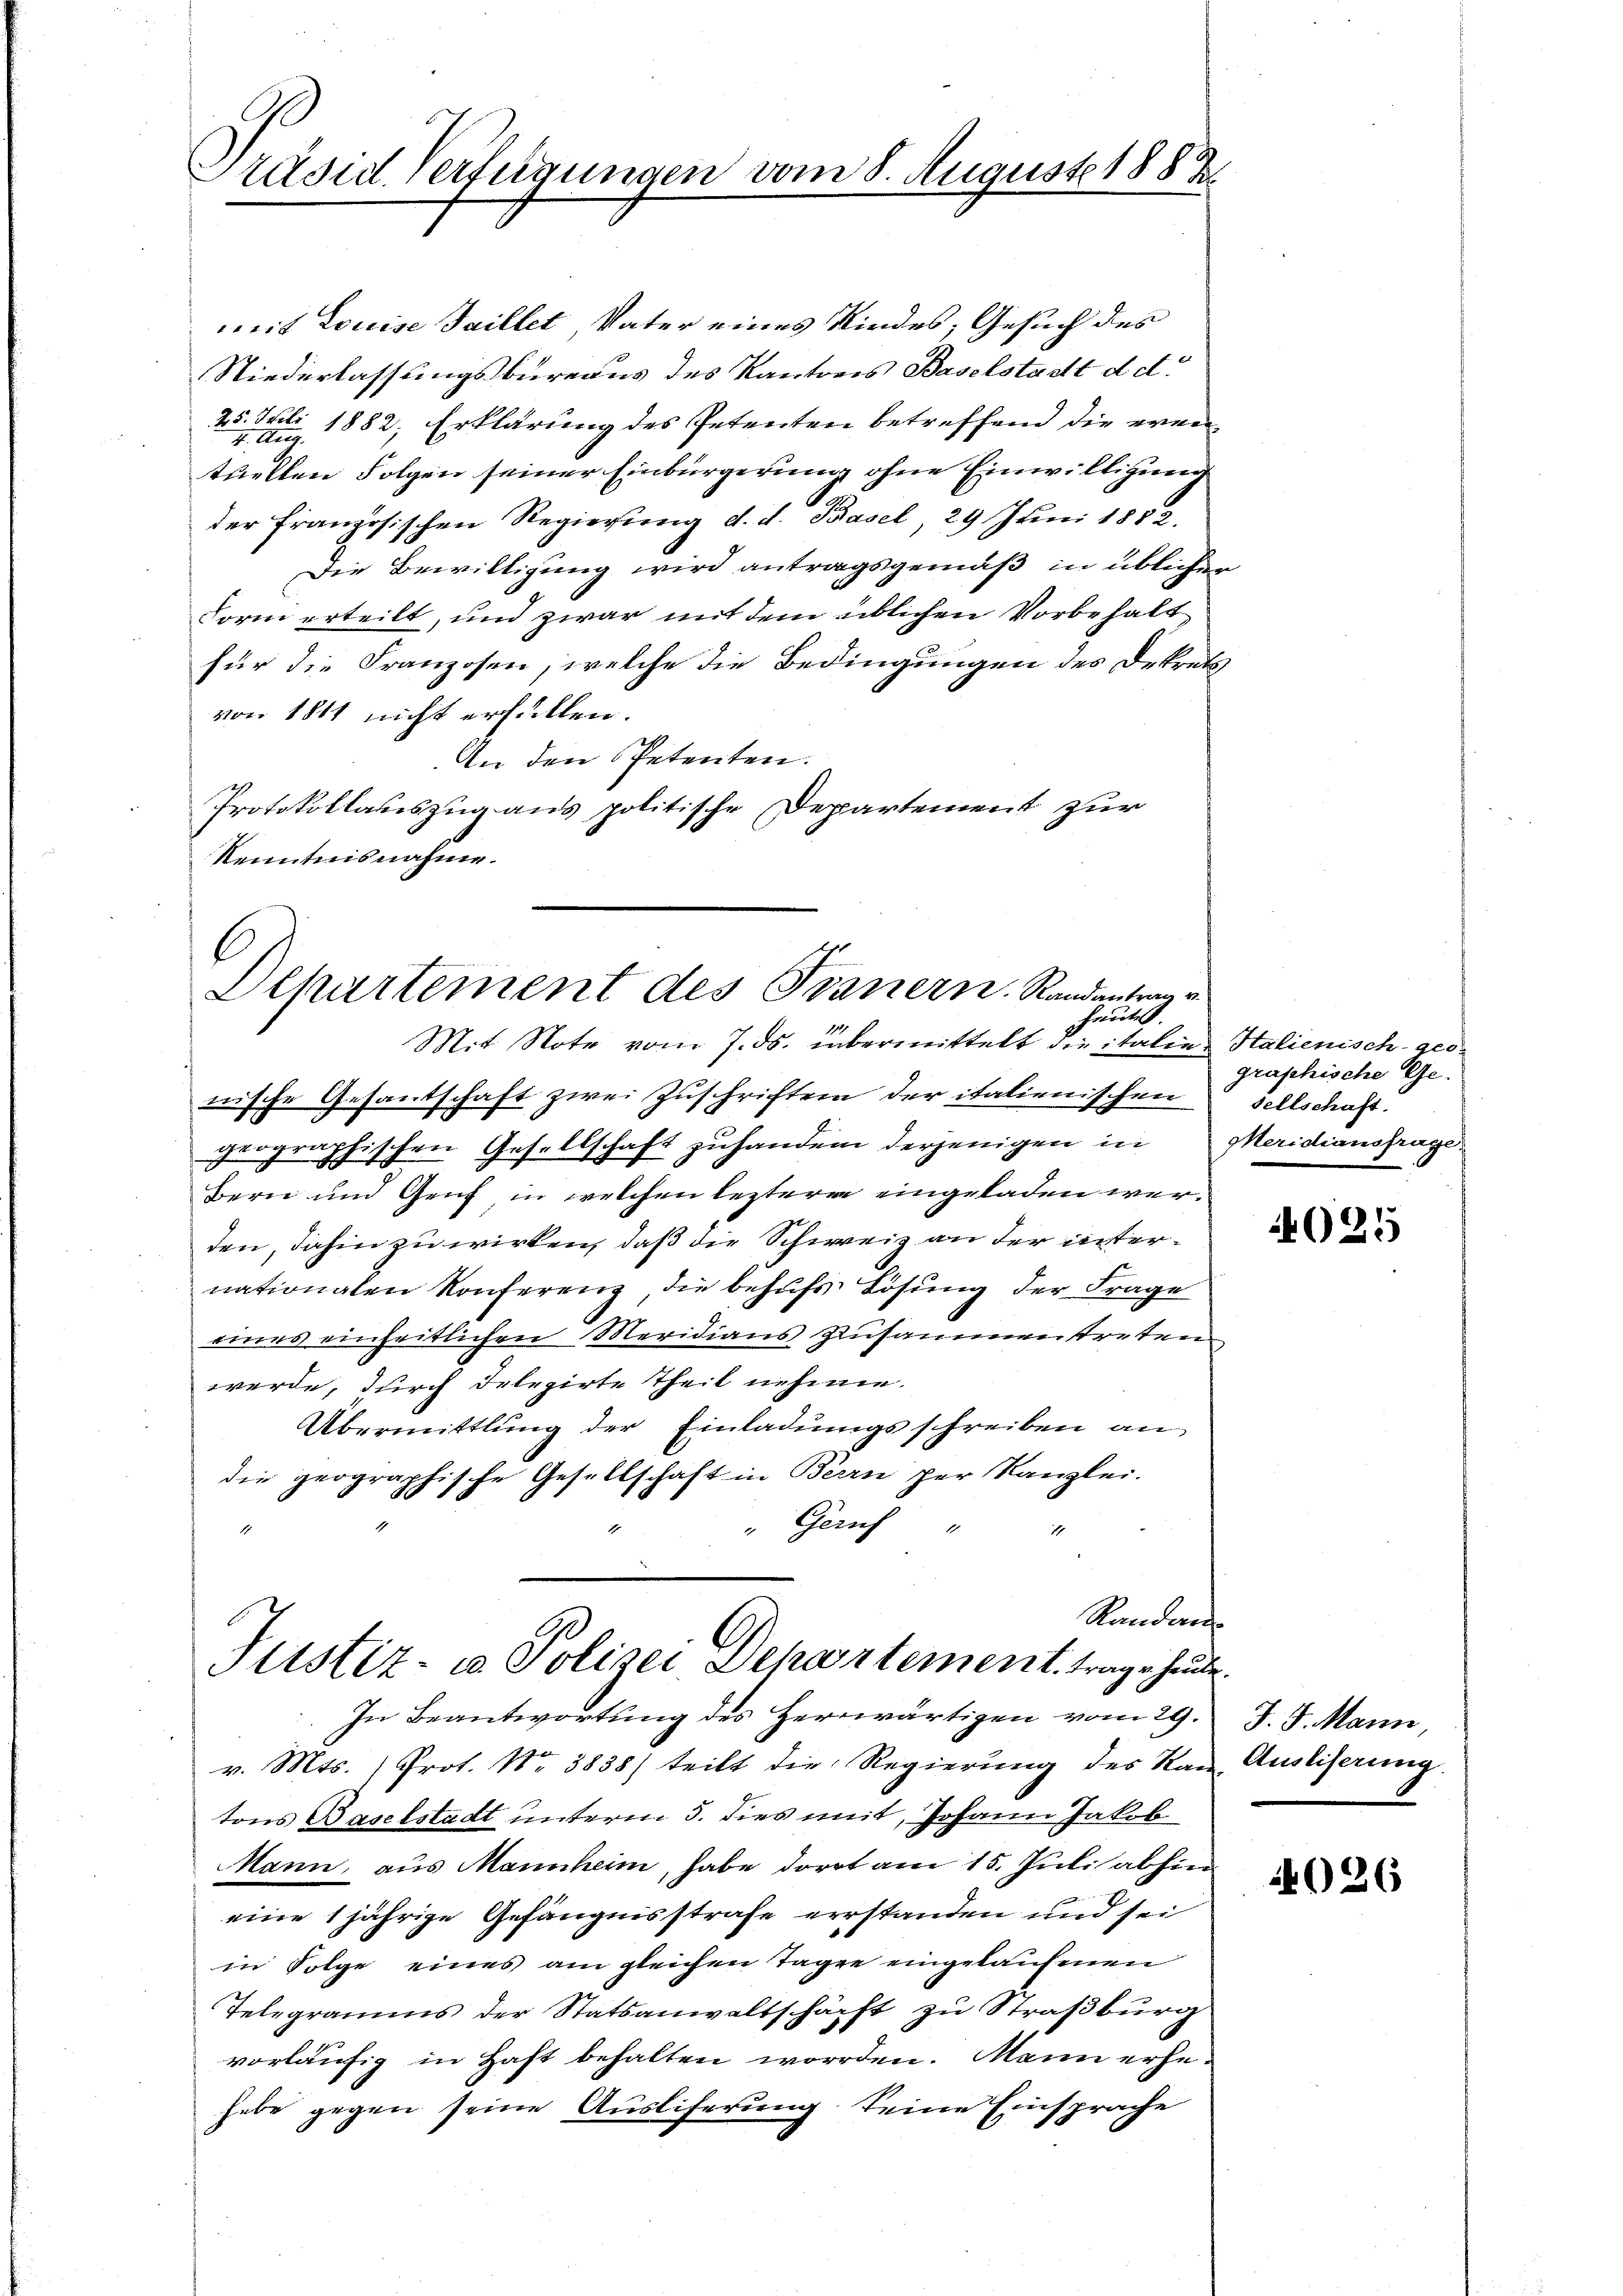
räsid. Verfügungen vom 8. August 1883.

mit Louise Saillet, Vater eines Kindes, Gesuch des
Niederlassungsbureaus des Kantons Baselstadt d d.
Tett
25.
de 1882, Erklärung des Petenten betreffend die eventuellen Folgen seiner Einbürgerung ohne Einwilligung
der Französischen Regierung d. d. Basel, 29 Juni 1882.
Die Bewilligung wird antragsgemäß in üblichen
Form erteilt, und zwar mit dem üblichen Vorbehalt
für die Franzosen, welche die Bedingungen des Dekretvon 1811 nicht erfüllen.
An den Petenten.
Protokollauszug aus politische Departement zur
Kenntnisnahme.
nische Gesantschaft zwei Zuschriften der italienischen Sellschaft.
geographischen Gesellschaft zuhanden derjenigen in
Bern und Genf, in welchen leztere eingeladen werden, dahin zu wirken, daß die Schweiz an der internationalen Konferenz, die behufs Lösung der Frage
eines einheitlichen Meridians Zusammenstreten
werde, durch delegirte Theil nehme.
Übermittlung der Einladŭngsschreiben an
die geographische Gesellschaft in Berrn per Kanzlei.
"Geruch "
1
Randau
Justiz- u. Polizei Departement trage heute.
In Beantwortung des Herwärtigen vom 29.
v. Mts. (Prot. No 3838) teilt die Regierung des Kan Ausliserung.
tons Baselstadt unterm 5. dies mit, Johann Jakob
Mann, aus Mannheim, habe dort am 15. Juli abhin
eine 1 jährige Gefängnisstrafe verstanden und sei
in Folge eines am gleichen Tagen eingelauhmen
Telegramms der Statsanwaltschäft zu Straßburg
vorläufig in Haft behalten worden. Mann erhehabe gegen seine Ausliferung seine Einsprache

Dchartement des Stanern. Randantrag v
hautes.
Mit Note vom 7. ds. übermittelt die italien Halienisch-ges¬

graphische Ge¬
Meridiansfrage

e

4025

J. J. Mann,

4026